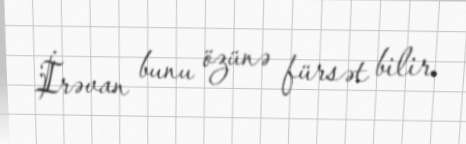
İrəvan bunu özünə fürsət bilir.